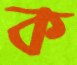
ক